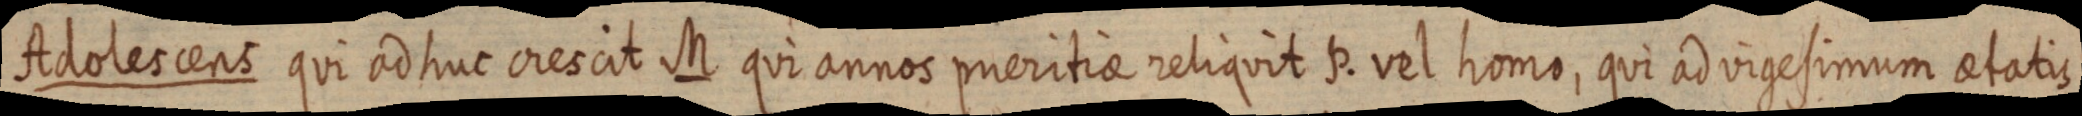
Adolescens qui adhuc crescit M qui annos pueritiae reliquit P. vel homo, qui ad vigesimum aetatis